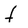
Character: f